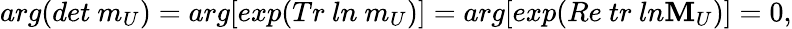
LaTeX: arg(det\ m_{U})=arg[exp(Tr\ ln\ m_{U})]=arg[exp(Re\ tr\ ln{\mathbf M}_{U})]=0,